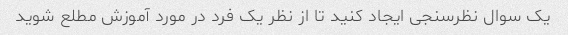
یک سوال نظرسنجی ایجاد کنید تا از نظر یک فرد در مورد آموزش مطلع شوید